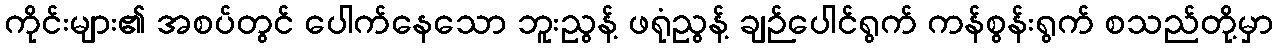
ကိုင်းများ၏ အစပ်တွင် ပေါက်နေသော ဘူးညွန့် ဖရုံညွန့် ချဉ်ပေါင်ရွက် ကန်စွန်းရွက် စသည်တို့မှာ